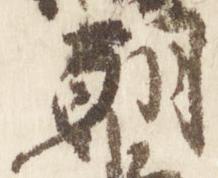
朝